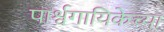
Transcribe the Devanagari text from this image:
पार्श्वगायिकेच्या